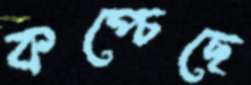
কপ্‌চেছে